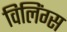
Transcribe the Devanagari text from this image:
विलिंग्स